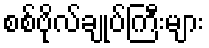
စစ်ဗိုလ်ချုပ်ကြီးများ